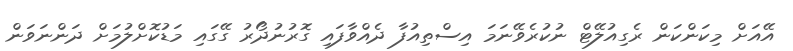
އޭއަށް މިކަންކަން ރެގިއުލޭޓް ނުކުރެވޭނަމަ އިސްތިއުފާ ދެއްވާފައި ގޮރުނުދޯރު ގޭގައި މަޑުކޮށްލުމަށް ދަންނަވަން